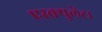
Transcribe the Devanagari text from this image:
एस्क्युलेंटा